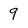
Character: 9